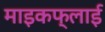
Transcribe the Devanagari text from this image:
माइकफ्लाई